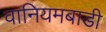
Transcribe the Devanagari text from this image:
वानियमबाडी